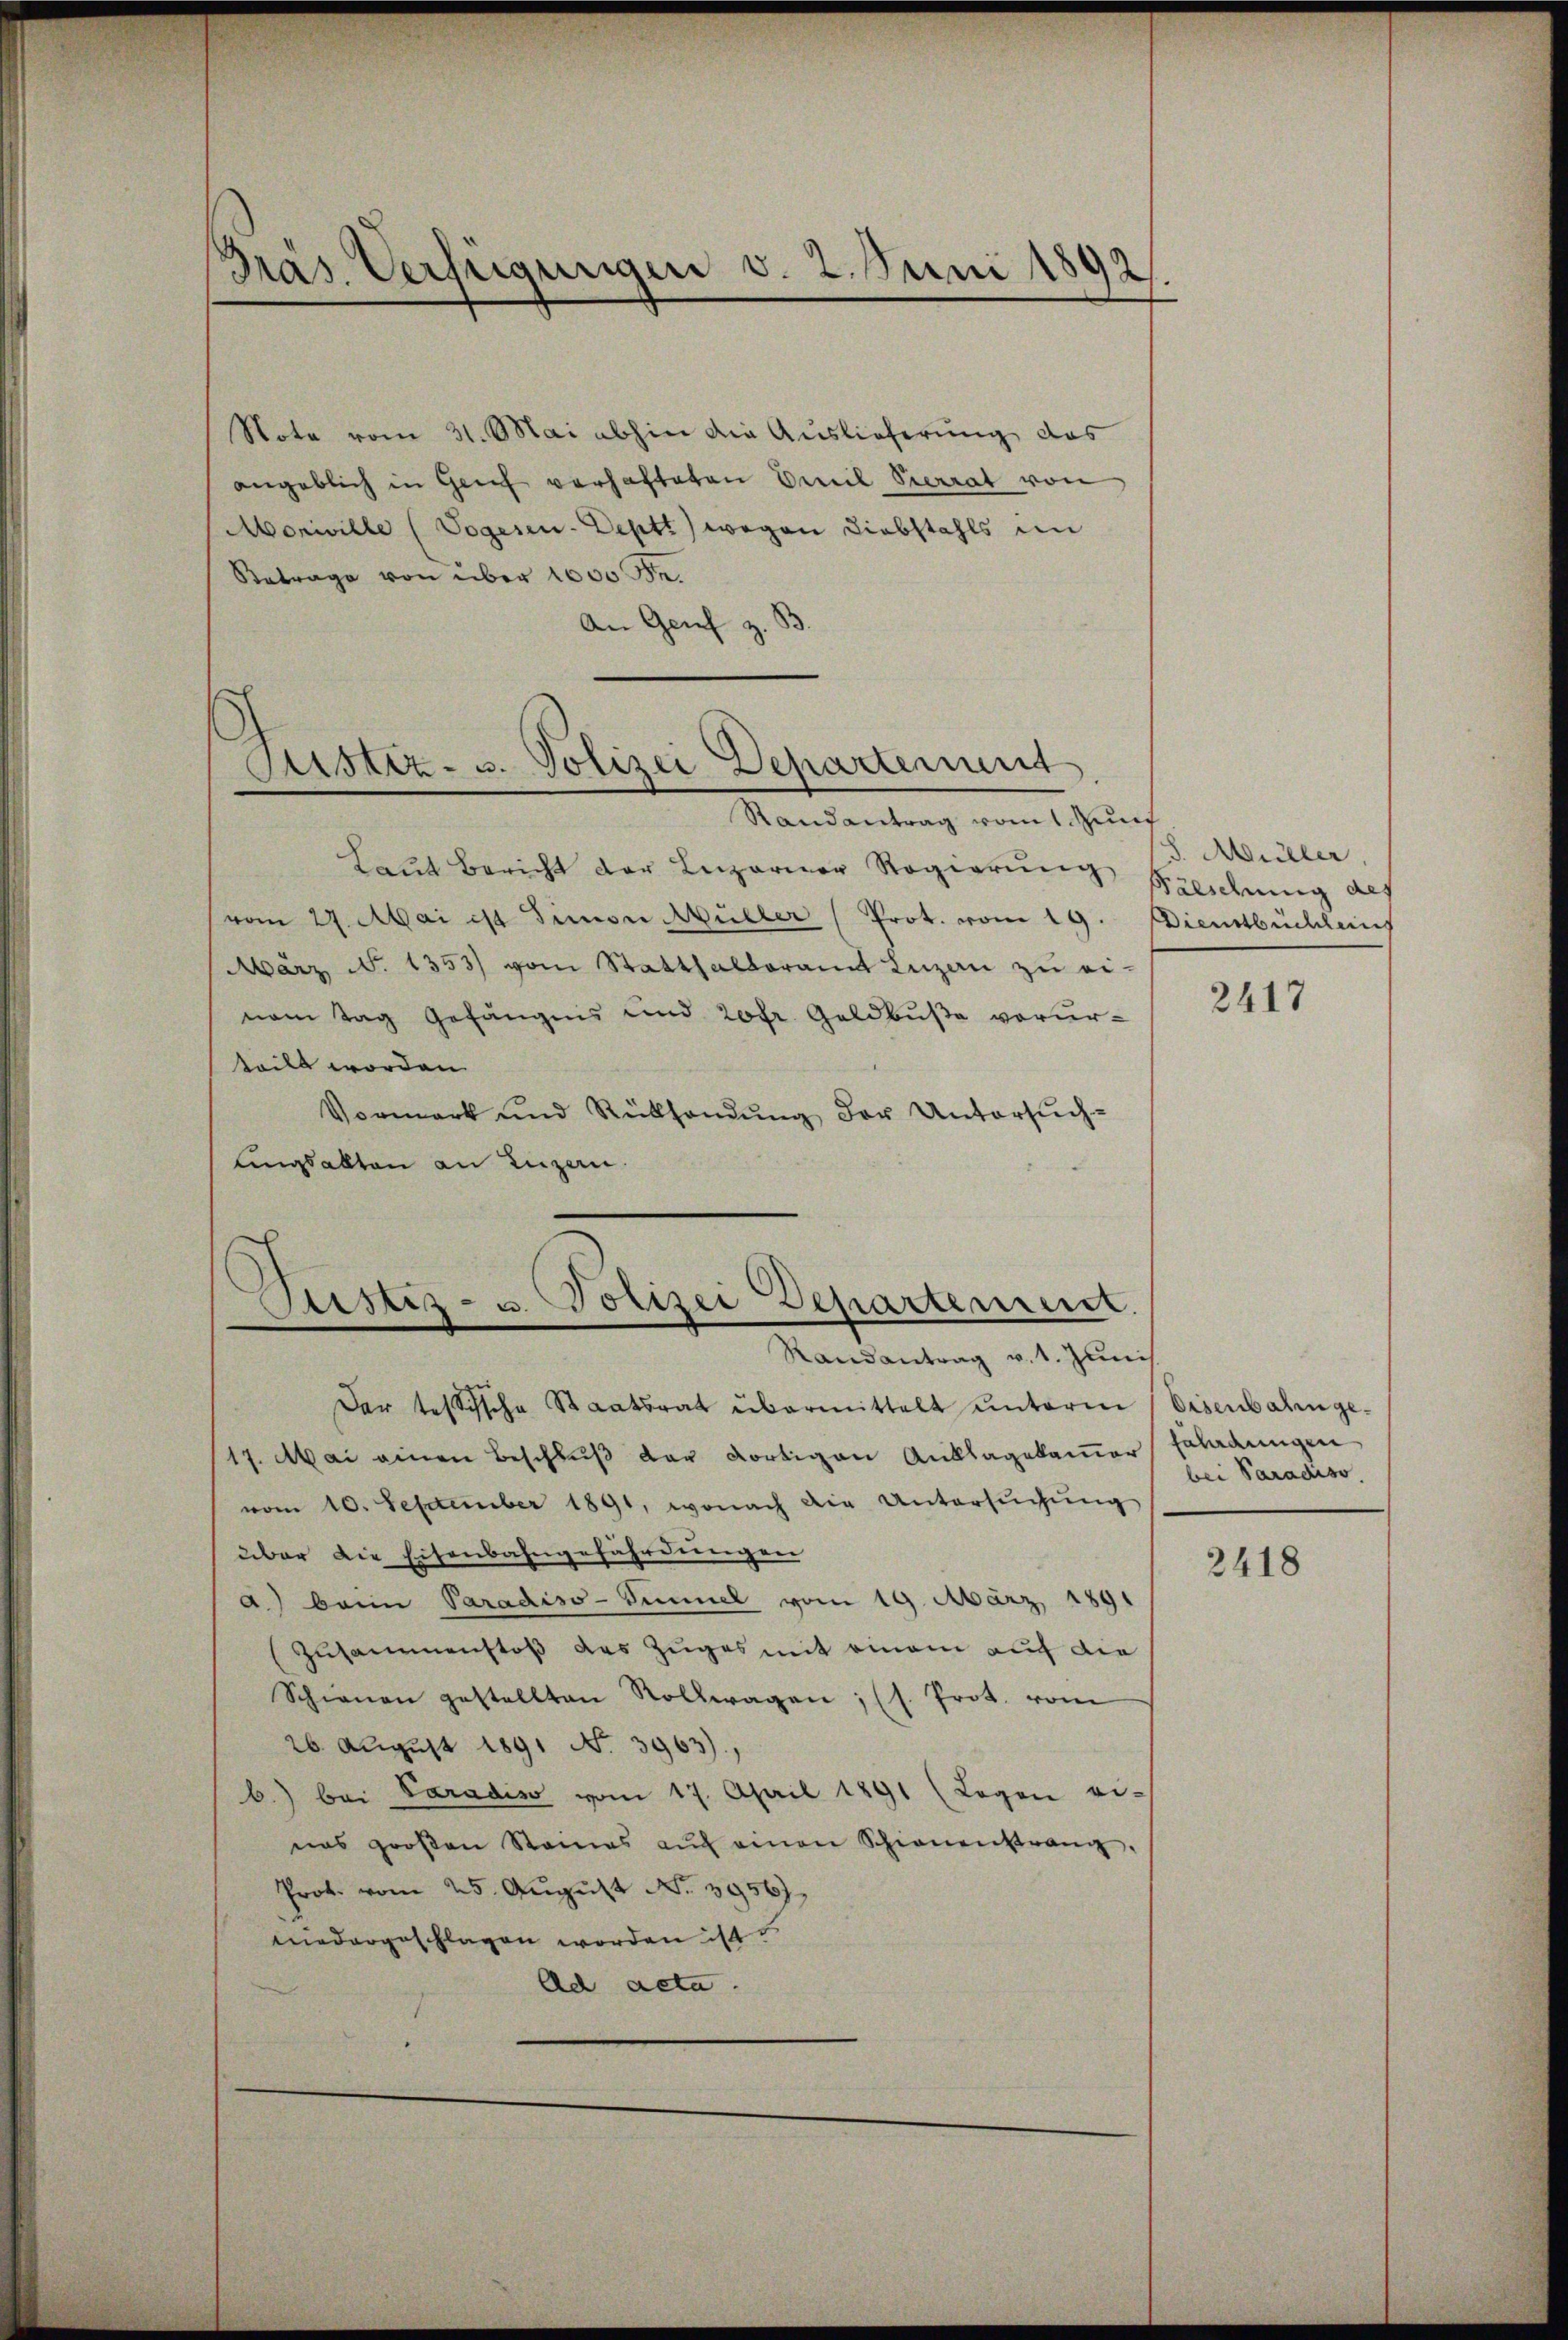
Präs. Verfügungen v. 2. Juni 1892.

Note vom 31. Mai abhin die Auslieferung das
angeblich in Genf verhafteten Emil Pierrat von
Moriville (Sogesen-Deptt) wegen Diebstahls in
Betrage von über 1000 Fr.
An Genf z.

Justiz- u. Polizei Departement

Randantrag vom 1 und
Laut Bericht der Luzerner Regierŭng
vom 27. Mai ist Simon Müller (Prot. vom 19.
März d. 1353) vom Statthalteramt Luzern zu ei-
nem Tag Gefängnis und 20fr. Geldbuße vorur-
teilt worden.
Vormark und Rücksendŭng der Untersŭch-
ungsakten an Luzern.

ustiz- u. Polizei Departement

Randantrag v. 1. Junis
Der testische Staatsrat übermittelt unterm
17. Mai einen Beschluß der dortigen Anklagekammer Zuladungen
vom 10. September 1891, wonach die Untersuchung
über die Eisenbahngefährdungen
d.) bein Paradiso-Simmel vom 19. März 1891
Zusammenstoß des Zuges mit einem auf die
Schienen gestellten Rollwagen; (s. Prot. vom
26. August 1891 No 3963),
b.) bei Paradis vom 17. April 1891 (Logen ei-
nas großen Steines aŭf einen Schienenstrang,
Prok. vom 25. August No. 3956).
niedergeschlagen worden ist
Ad acta.

J. Müller.
Fälschung des
Dienstbuchlang

2417

Eisenbahngebei Paradiso.

2418